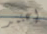
إعتمد